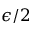
\epsilon / 2